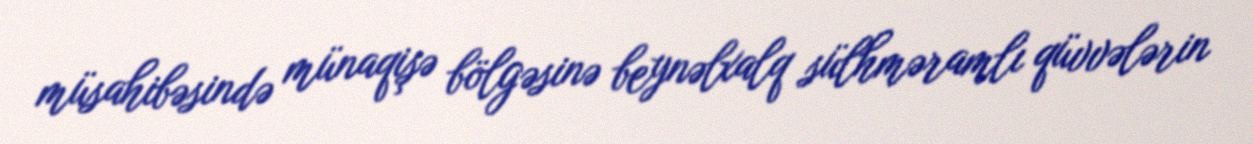
müsahibəsində münaqişə bölgəsinə beynəlxalq sülhməramlı qüvvələrin